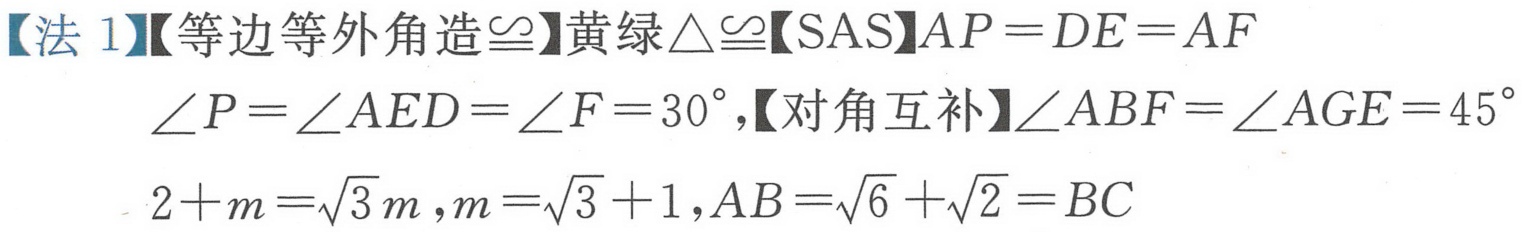
【法 1】【等边等外角造$\cong$】黄绿$\triangle\cong$【SAS】$AP = DE = AF$
$\angle P=\angle AED=\angle F = 30^{\circ}$,【对角互补】$\angle ABF=\angle AGE = 45^{\circ}$
$2 + m=\sqrt{3}m,m=\sqrt{3}+1,AB=\sqrt{6}+\sqrt{2}=BC$